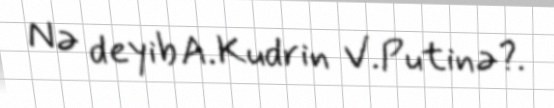
Nə deyib A.Kudrin V.Putinə?.